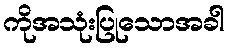
ကိုအသုံးပြုသောအခါ